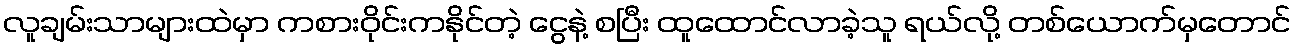
လူချမ်းသာများထဲမှာ ကစားဝိုင်းကနိုင်တဲ့ ငွေနဲ့ စပြီး ထူထောင်လာခဲ့သူ ရယ်လို့ တစ်ယောက်မှတောင်